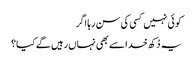
کوئی نہیں کسی کی سن رہا اگر
یہ دُکھ خدا سے بھی نہاں رہیں گے کیا؟